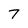
Character: 7